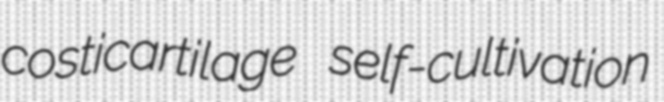
costicartilage self-cultivation